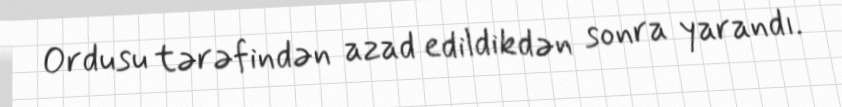
Ordusu tərəfindən azad edildikdən sonra yarandı.